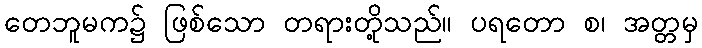
တေဘူမက၌ ဖြစ်သော တရားတို့သည်။ ပရတော စ၊ အတ္တမှ